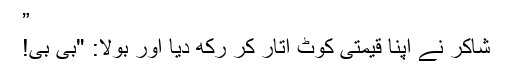
”
شاکر نے اپنا قیمتی کوٹ اتار کر رکھ دیا اور بولا: "بی بی!